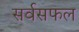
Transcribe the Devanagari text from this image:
सर्वसफल